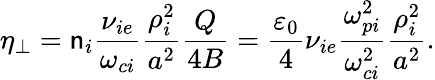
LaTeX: \eta_{\perp}=\mathsf{n}_{i}\frac{{\nu_{ie}}}{{\omega_{ci}}}\frac{{\rho_{i}^{2}}}{{a^{2}}}\frac{{Q}}{{4B}}=\frac{{\varepsilon_{0}}}{{4}}\nu_{ie}\frac{{\omega_{pi}^{2}}}{{\omega_{ci}^{2}}}\frac{{\rho_{i}^{2}}}{{a^{2}}}.